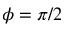
\phi = \pi / 2